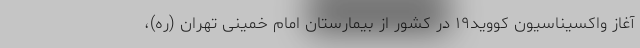
آغاز واکسیناسیون کووید۱۹ در کشور از بیمارستان امام خمینی تهران (ره)،